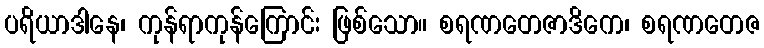
ပရိယာဒါနေ၊ ကုန်ရာကုန်ကြောင်း ဖြစ်သော။ စရဏတေဇာဒိကေ၊ စရဏတေဇ